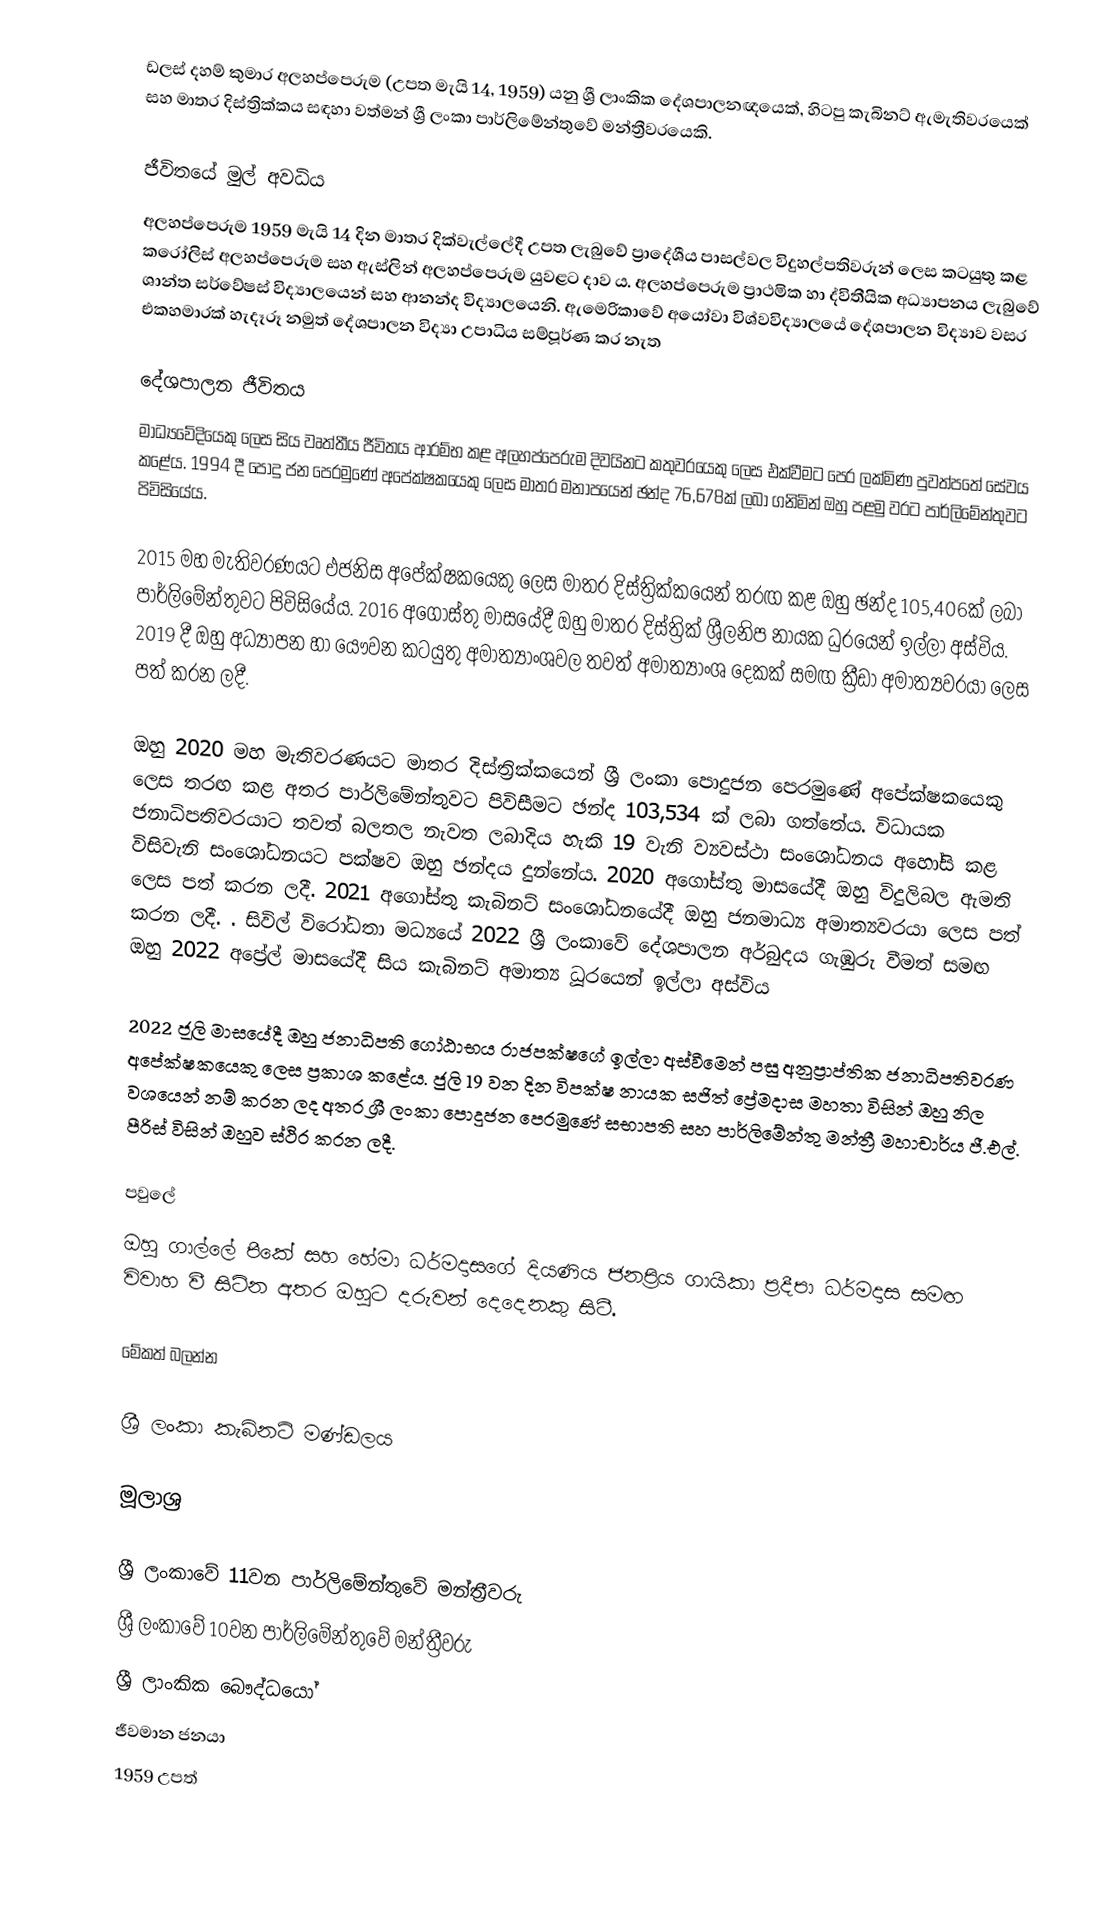
ඩලස් දහම් කුමාර අලහප්පෙරුම (උපත මැයි 14, 1959) යනු ශ්‍රී ලාංකික දේශපාලනඥයෙක්, හිටපු කැබිනට් ඇමැතිවරයෙක් සහ මාතර දිස්ත්‍රික්කය සඳහා වත්මන් ශ්‍රී ලංකා පාර්ලිමේන්තුවේ මන්ත්‍රීවරයෙකි.

ජීවිතයේ මුල් අවධිය
අලහප්පෙරුම 1959 මැයි 14 දින මාතර දික්වැල්ලේදී උපත ලැබුවේ ප්‍රාදේශීය පාසල්වල විදුහල්පතිවරුන් ලෙස කටයුතු කළ කරෝලිස් අලහප්පෙරුම සහ ඇස්ලින් අලහප්පෙරුම යුවළට දාව ය.  අලහප්පෙරුම ප්‍රාථමික හා ද්විතීයික අධ්‍යාපනය ලැබුවේ ශාන්ත සර්වේෂස් විද්‍යාලයෙන් සහ ආනන්ද විද්‍යාලයෙනි. ඇමෙරිකාවේ  අයෝවා විශ්වවිද්‍යාලයේ දේශපාලන විද්‍යාව වසර එකහමාරක් හැදෑරූ නමුත් දේශපාලන විද්‍යා උපාධිය සම්පූර්ණ කර නැත

දේශපාලන ජීවිතය
මාධ්‍යවේදියෙකු ලෙස සිය වෘත්තීය ජීවිතය ආරම්භ කළ අලහප්පෙරුම දිවයිනට කතුවරයෙකු ලෙස එක්වීමට පෙර ලක්මිණ පුවත්පතේ සේවය කළේය.  1994 දී පොදු ජන පෙරමුණේ අපේක්ෂකයෙකු ලෙස මාතර මනාපයෙන් ඡන්ද 76,678ක් ලබා ගනිමින් ඔහු පළමු වරට පාර්ලිමේන්තුවට පිවිසියේය.

2015 මහ මැතිවරණයට එජනිස අපේක්ෂකයෙකු ලෙස මාතර දිස්ත්‍රික්කයෙන් තරඟ කළ ඔහු ඡන්ද 105,406ක් ලබා පාර්ලිමේන්තුවට පිවිසියේය. 2016 අගෝස්තු මාසයේදී ඔහු මාතර දිස්ත්‍රික් ශ්‍රීලනිප නායක ධුරයෙන් ඉල්ලා අස්විය.  2019 දී ඔහු අධ්‍යාපන හා යෞවන කටයුතු අමාත්‍යාංශවල තවත් අමාත්‍යාංශ දෙකක් සමඟ ක්‍රීඩා අමාත්‍යවරයා ලෙස පත් කරන ලදී.

ඔහු 2020 මහ මැතිවරණයට මාතර දිස්ත්‍රික්කයෙන් ශ්‍රී ලංකා පොදුජන පෙරමුණේ අපේක්ෂකයෙකු ලෙස තරඟ කළ අතර පාර්ලිමේන්තුවට පිවිසීමට ඡන්ද 103,534 ක් ලබා ගත්තේය. විධායක ජනාධිපතිවරයාට තවත් බලතල නැවත ලබාදිය හැකි 19 වැනි ව්‍යවස්ථා සංශෝධනය අහෝසි කළ විසිවැනි සංශෝධනයට පක්ෂව ඔහු ඡන්දය දුන්නේය. 2020 අගෝස්තු මාසයේදී ඔහු විදුලිබල ඇමති ලෙස පත් කරන ලදී.  2021 අගෝස්තු කැබිනට් සංශෝධනයේදී ඔහු ජනමාධ්‍ය අමාත්‍යවරයා ලෙස පත් කරන ලදී.  . සිවිල් විරෝධතා මධ්‍යයේ 2022 ශ්‍රී ලංකාවේ දේශපාලන අර්බුදය ගැඹුරු වීමත් සමඟ ඔහු 2022 අප්‍රේල් මාසයේදී සිය කැබිනට් අමාත්‍ය ධූරයෙන් ඉල්ලා අස්විය

2022 ජූලි මාසයේදී ඔහු ජනාධිපති ගෝඨාභය රාජපක්ෂගේ ඉල්ලා අස්වීමෙන් පසු අනුප්‍රාප්තික ජනාධිපතිවරණ අපේක්ෂකයෙකු ලෙස ප්‍රකාශ කළේය.   ජුලි 19 වන දින විපක්ෂ නායක සජිත් ප්‍රේමදාස මහතා විසින් ඔහු නිල වශයෙන් නම් කරන ලද අතර ශ්‍රී ලංකා පොදුජන පෙරමුණේ සභාපති සහ පාර්ලිමේන්තු මන්ත්‍රී මහාචාර්ය ජී.එල්. පීරිස් විසින් ඔහුව ස්ථිර කරන ලදී.

පවුලේ
ඔහු ගාල්ලේ පීකේ සහ හේමා ධර්මදාසගේ දියණිය ජනප්‍රිය ගායිකා ප්‍රදීපා ධර්මදාස සමඟ විවාහ වී සිටින අතර ඔහුට දරුවන් දෙදෙනකු සිටී.

මේකත් බලන්න

 ශ්‍රී ලංකා කැබිනට් මණ්ඩලය

මූලාශ්‍ර

ශ්‍රී ලංකාවේ 11වන පාර්ලිමේන්තුවේ මන්ත්‍රීවරු
ශ්‍රී ලංකාවේ 10වන පාර්ලිමේන්තුවේ මන්ත්‍රීවරු
ශ්‍රී ලාංකික බෞද්ධයෝ
ජීවමාන ජනයා
1959 උපත්